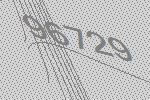
96729